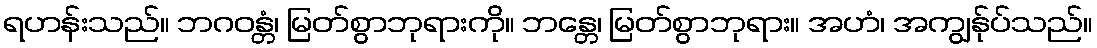
ရဟန်းသည်။ ဘဂဝန္တံ၊ မြတ်စွာဘုရားကို။ ဘန္တေ၊ မြတ်စွာဘုရား။ အဟံ၊ အကျွန်ုပ်သည်။